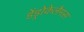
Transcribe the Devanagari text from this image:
डेंड्रोकेलैमस